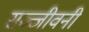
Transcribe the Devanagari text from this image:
सञ्जीवनी